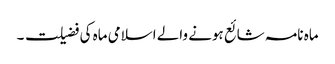
ماہ نامہ شائع ہونے والے اسلامی ماہ کی فضیلت ۔